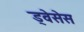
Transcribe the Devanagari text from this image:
ड्वेसेस